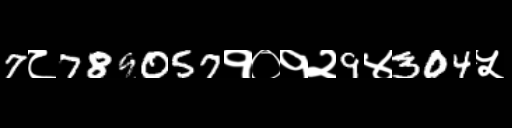
Text: 7८789057१०१२9४304५